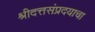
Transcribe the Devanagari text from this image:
श्रीदत्तसंप्रदयाचा